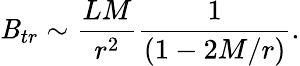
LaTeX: \mathit{B}_{tr}\sim\frac{{LM}}{{r^{2}}}\frac{{1}}{{(1-2M/r)}}.